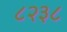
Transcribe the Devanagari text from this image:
८२३८